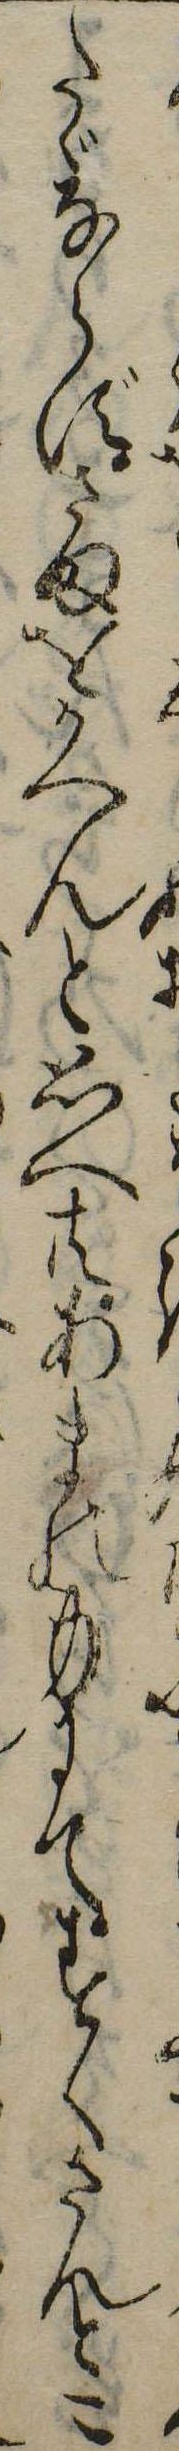
たゞならずさまをかへんと思へ共あまの身にてすくさんとこ